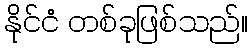
နိုင်ငံ တစ်ခုဖြစ်သည်။